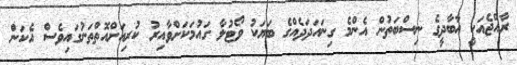
ރާއްޖެއަކީ އާބާދީގެ ނިސްބަތުން އެންމެ ގިނައަދަދެއްގެ ބަޔަކު ވޯޓުލާ ގައުމަކަށްވާއިރު ކުރިއަށްއޮތްތަނުގައިވެސް އެކަން